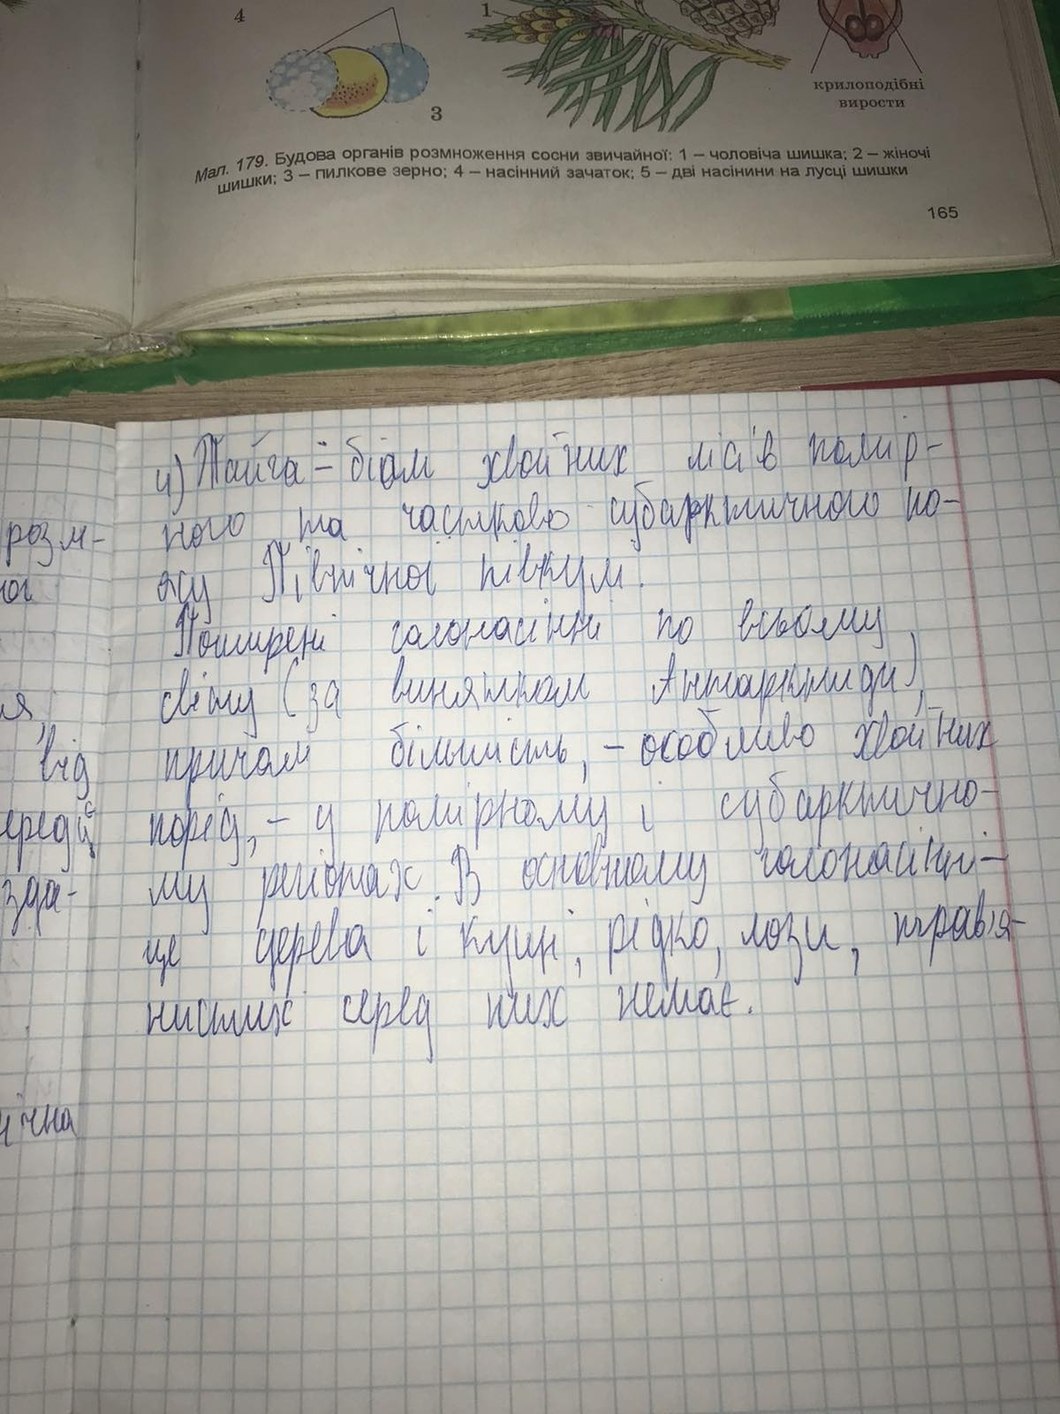
1
4
крилоподібні
вирости
3
Мал. 179. Будова органів розмноження сосни звичайної: 1 — чоловіча шишка; 2 — жіночі
шишки; 3 — пилкове зерно; 4 — насінний зачаток; 5 — дві насінини на лусці шишки
165
4) Тайга - біом хвойних лісів помір-
ного та частково субарктичного по-
розм-
ясу Північної півкулі.
ог
Поширені голонасінні по всьому
світу (за винятком Антарктиди),
я
причом більшість, - особливо хвойних
від
порід, - у помірному і субарктично-
ередцє
му регіонах. В основному голонасінні-
зда-
це дерева і кущі, рідко, лози, трав'я-
нистих серед них немає.
ічна